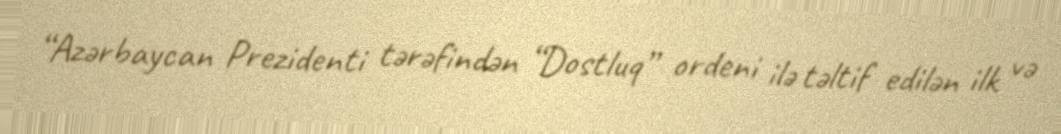
“Azərbaycan Prezidenti tərəfindən “Dostluq” ordeni ilə təltif edilən ilk və